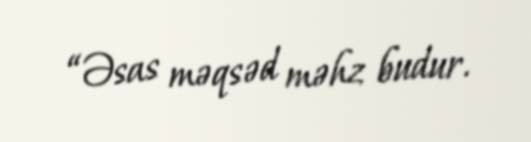
“Əsas məqsəd məhz budur.